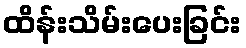
ထိန်းသိမ်းပေးခြင်း